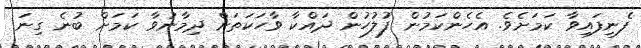
ފެނިފައިވާ ކަމަށެވެ. އެހެންކަމުން ފުލުހުން ދައްކާ ވާހަކަތަށް ދިމާނުވާ ކަމަށް ބުނެ ގިނަ